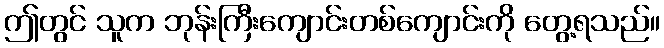
ဤတွင် သူက ဘုန်းကြီးကျောင်းတစ်ကျောင်းကို တွေ့ရသည်။